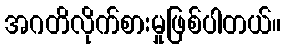
အဂတိလိုက်စားမှုဖြစ်ပါတယ်။